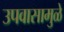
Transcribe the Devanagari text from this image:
उपवासामुळे